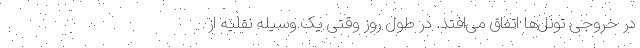
در خروجی تونل‌ها اتفاق می‌افتد. در طول روز وقتی یک وسیله نقلیه از